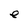
Character: e